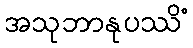
အသုဘာနုပဿိံ